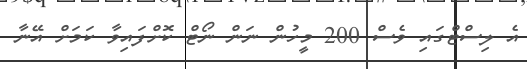
އެ ލިސްޓްގައި ވެސް 200 މީހުން ނަން ނޯޓް ކޮށްފައިވާ ކަމަށް އޭނާ